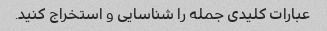
عبارات کلیدی جمله را شناسایی و استخراج کنید.